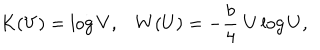
LaTeX: K ( V ) = \log V , W ( U ) = - { \frac { b } { 4 } } \; U \log U ,